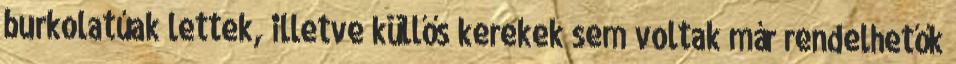
burkolatúak lettek, illetve küllős kerekek sem voltak már rendelhetők